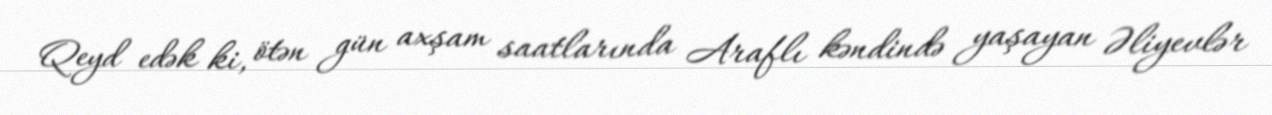
Qeyd edək ki, ötən gün axşam saatlarında Araflı kəndində yaşayan Əliyevlər